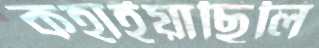
কহাইয়াছিলি